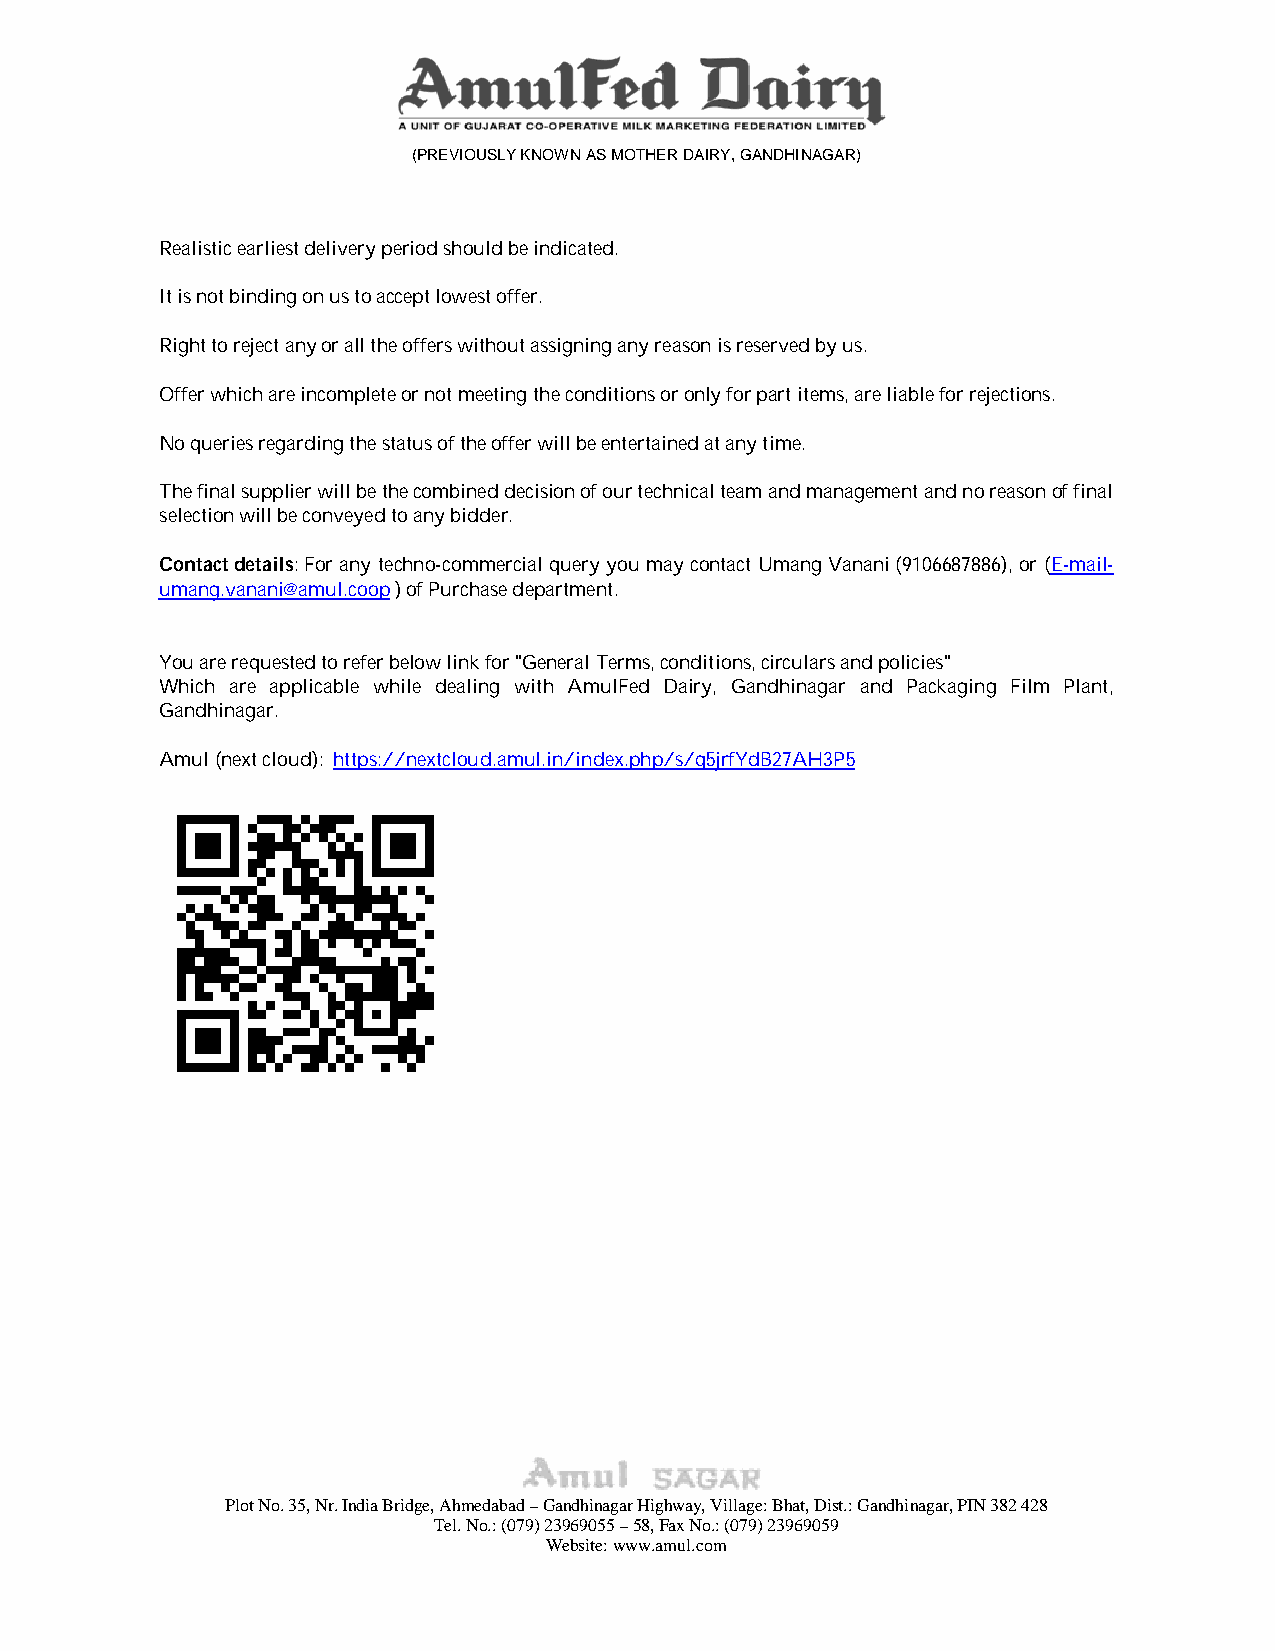
(PREVIOUSLY KNOWN AS MOTHER DAIRY, GANDHINAGAR)
 Realistic earliest delivery period should be indicated.
 It is not binding on us to accept lowest offer.
 Right to reject any or all the offers without assigning any reason is reserved by us.
 Offer which are incomplete or not meeting the conditions or only for part items, are liable for rejections.
 No queries regarding the status of the offer will be entertained at any time.
 The final supplier will be the combined decision of our technical team and management and no reason of final
 selection will be conveyed to any bidder.
 Contact details: For any techno-commercial query you may contact Umang Vanani (9106687886), or (E-mail-
 umang.vanani@amul.coop ) of Purchase department.
 You are requested to refer below link for "General Terms, conditions, circulars and policies"
 Which are applicable while dealing with AmulFed Dairy, Gandhinagar and Packaging Film Plant,
 Gandhinagar.
 Amul (next cloud): https://nextcloud.amul.in/index.php/s/q5jrfYdB27AH3P5
 Plot No. 35, Nr. India Bridge, Ahmedabad – Gandhinagar Highway, Village: Bhat, Dist.: Gandhinagar, PIN 382 428
 Tel. No.: (079) 23969055 – 58, Fax No.: (079) 23969059
 Website: www.amul.com